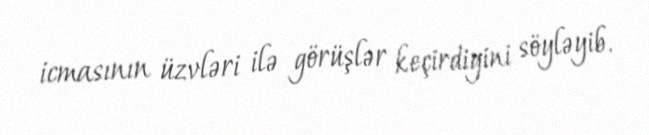
icmasının üzvləri ilə görüşlər keçirdiyini söyləyib.